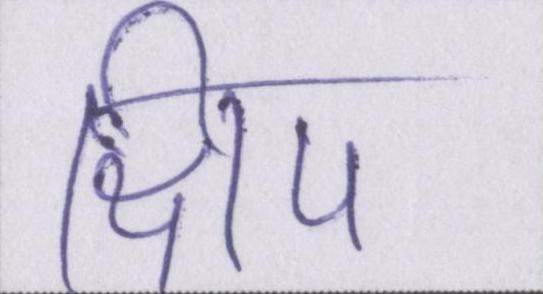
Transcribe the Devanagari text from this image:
क्षिप